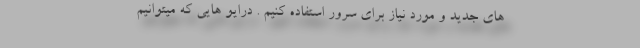
های جدید و مورد نیاز برای سرور استفاده کنیم . درایو هایی که میتوانیم